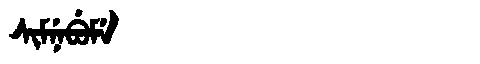
Manchu: ᠰᡳᠮᠨᡝᠪᡠᠮᡝ
Romanization: SIMNEBUME